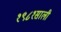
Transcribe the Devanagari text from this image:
१९८१साली